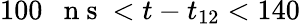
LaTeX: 100\mathrm{~~~n~s~}<t-t_{12}<140